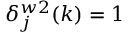
\delta _ { j } ^ { w 2 } ( k ) = 1